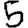
Digit: 5